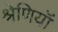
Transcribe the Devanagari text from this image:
श्रेणियॉं